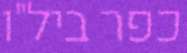
כפר ביל"ו